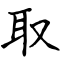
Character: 取